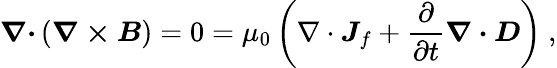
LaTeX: {\boldsymbol{\nabla\cdot}}\left({\boldsymbol{\nabla\times B}}\right)=0=\mu_{0}\left(\nabla\cdot{\boldsymbol{J}}_{f}+{\frac{\partial}{\partial t}}{\boldsymbol{\nabla\cdot D}}\right)\ ,